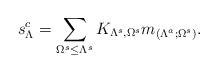
LaTeX: \begin{gather*}s^c_\Lambda=\sum\limits_{\Omega^s \leq \Lambda^s} K_{\Lambda^s,\Omega^s} m_{(\Lambda^a;\Omega^s)}.\end{gather*}